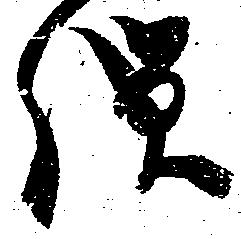
弾